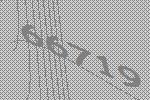
66719